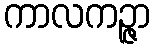
ကာလကဉ္ဇာ